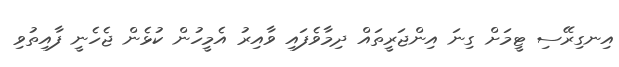
އިނގިރޭސި ޓީމަށް ގިނަ އިންޖަރީތައް ދިމާވެފައި ވާއިރު އެމީހުން ކުޅެން ޖެހެނީ ފާއިތުވި